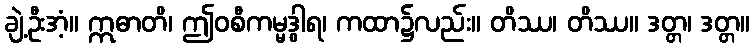
ချဲ့ဦးအံ့။ ဣဓာတိ၊ ဤဝစီကမ္မဒွါရ၊ ကထာ၌လည်း။ တိဿ၊ တိဿ။ ဒတ္တ၊ ဒတ္တ။